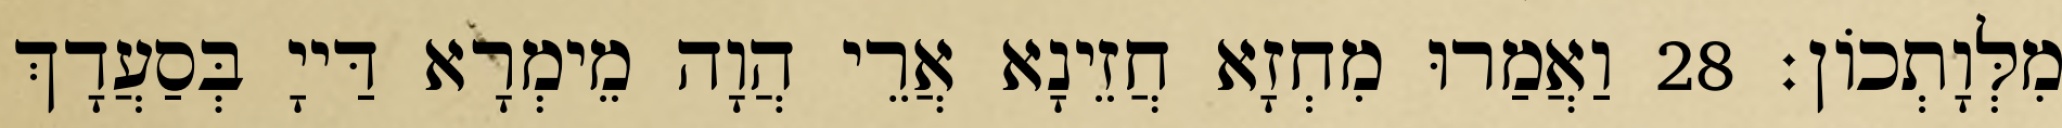
מִלְּוָתְכוֹן׃ 28 וַאֲמַרוּ מִחְזָא חֲזֵינָא אֲרֵי הֲוָה מֵימְרָא דַּייָ בְּסַעֲדָךְ